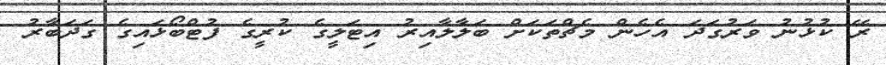
ރޭ ކުޅުނު ވަރުގަދަ އެހެން މެޗްތަކަށް ބަލާލާއިރު އިޓަލީގެ ކުރީގެ ފުޓްބޯޅައިގެ ގަދަބާރު